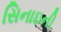
સિનાઇની